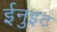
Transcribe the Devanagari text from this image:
ईनुइट